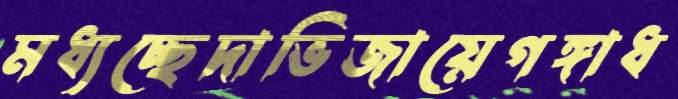
মধ্যচ্ছেদাভিজায়েগঙ্গাধ